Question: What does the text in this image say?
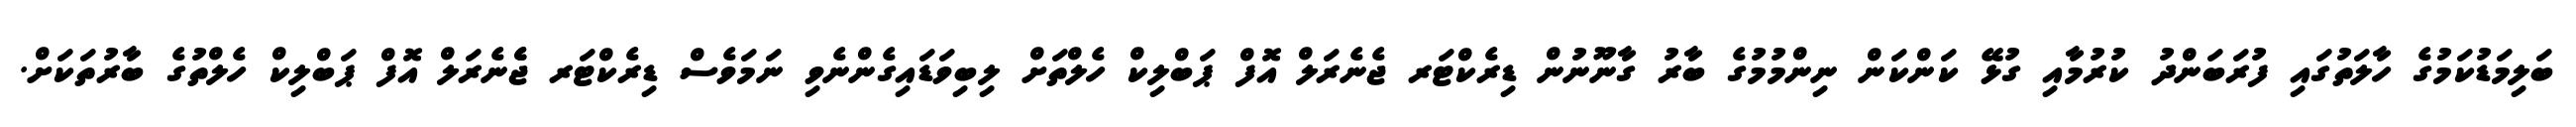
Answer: ބަލިމަޑުކަމުގެ ހާލަތުގައި ފުރަބަންދު ކުރުމާއި ގުޅޭ ކަންކަން ނިންމުމުގެ ބާރު ގާނޫނުން ޑިރެކްޓަރ ޖެނެރަލް އޮފް ޕަބްލިކް ހެލްތަށް ލިބިވަޑައިގެންނެވި ނަމަވެސް ޑިރެކްޓަރ ޖެެނެރަލް އޮފް ޕަބްލިކް ހެލްތުގެ ބާރުތަކަށް.